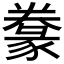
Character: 𰶩